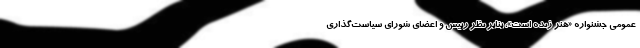
عمومی جشنواره «هنر زنده است»، بنابر نظر رییس و اعضای شورای سیاست‌گذاری